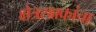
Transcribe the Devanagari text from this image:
क्षेत्ररक्षकांचा